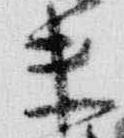
未